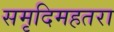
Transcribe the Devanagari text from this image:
समृदिमहतरा